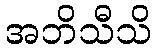
အဘိသီသိ